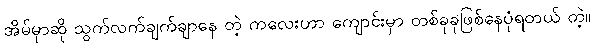
အိမ်မှာဆို သွက်လက်ချက်ချာနေ တဲ့ ကလေးဟာ ကျောင်းမှာ တစ်ခုခုဖြစ်နေပုံရတယ် တဲ့။